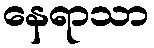
နေရာသာ